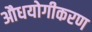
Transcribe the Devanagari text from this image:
औधयोगीकरण